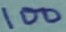
Text: 100